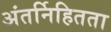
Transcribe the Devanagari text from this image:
अंतर्निहितता